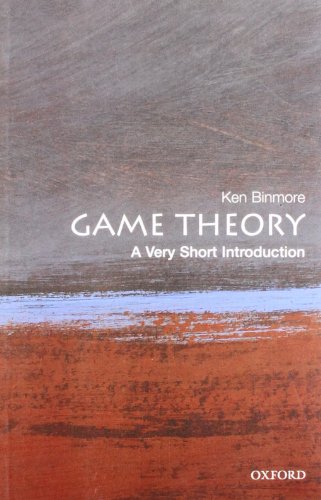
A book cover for Game Theory: A Very Short Introduction; Ken Binmore; Science & Math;